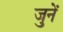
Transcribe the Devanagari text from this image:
जुनें